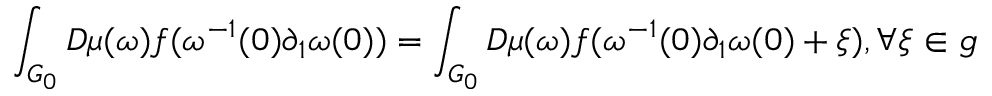
\int _ { G _ { 0 } } D \mu ( \omega ) f ( \omega ^ { - 1 } ( 0 ) \partial _ { 1 } \omega ( 0 ) ) = \int _ { G _ { 0 } } D \mu ( \omega ) f ( \omega ^ { - 1 } ( 0 ) \partial _ { 1 } \omega ( 0 ) + \xi ) , \forall \xi \in g